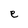
Character: e